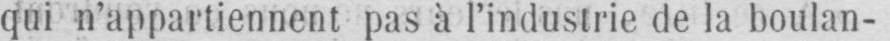
qui n’appartiennent pas à l’industrie de la boulan-